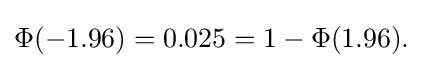
\Phi (-1.96)=0.025=1-\Phi (1.96).\,\!